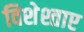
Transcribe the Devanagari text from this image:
विशेश्ताए